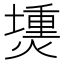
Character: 𤏍